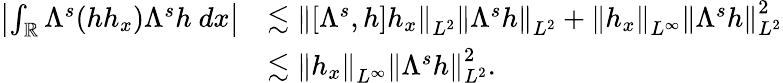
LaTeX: \begin{array}{rl}{\left|\int_{\mathbb R}\Lambda^{s}(hh_{x})\Lambda^{s}h\ dx\right|}&{\lesssim\left\| [\Lambda^{s},h]h_{x}\right\| _{L^{2}}\left\| \Lambda^{s}h\right\| _{L^{2}}+\left\| h_{x}\right\| _{L^{\infty}}\left\| \Lambda^{s}h\right\| _{L^{2}}^{2}}\\ &{\lesssim\left\| h_{x}\right\| _{L^{\infty}}\left\| \Lambda^{s}h\right\| _{L^{2}}^{2}.}\end{array}